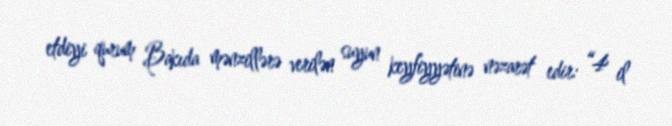
etdiyi qurum Bakıda mənzillərə verilən suyun keyfiyyətinə nəzarət edir: “4 il